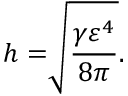
h = \sqrt [ ] { \frac { \gamma \varepsilon ^ { 4 } } { 8 \pi } } .